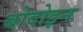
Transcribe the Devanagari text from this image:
बोदोइन